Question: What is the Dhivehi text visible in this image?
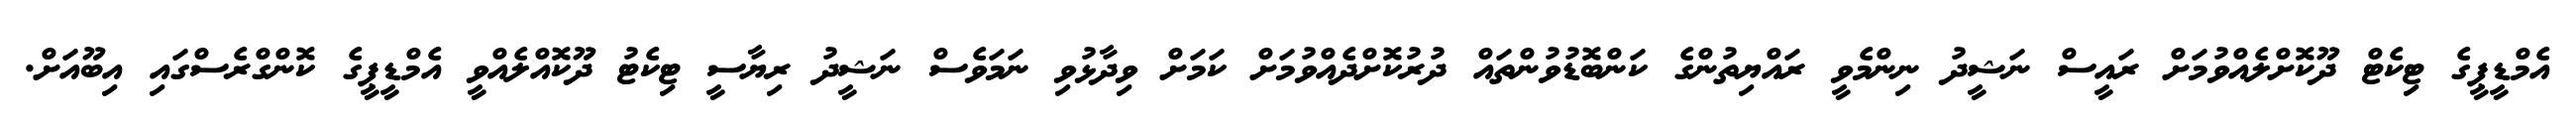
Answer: އެމްޑީޕީގެ ޓިކެޓް ދޫކޮށްލެއްވުމަށް ރައީސް ނަޝީދު ނިންމެވީ ރައްޔިތުންގެ ކަންބޮޑުވުންތައް ދުރުކޮށްދެއްވުމަށް ކަމަށް ވިދާޅުވި ނަމަވެސް ނަޝީދު ރިޔާސީ ޓިކެޓު ދޫކޮއްލެއްވީ އެމްޑީޕީގެ ކޮންގްރެސްގައި އިބޫއަށް.